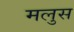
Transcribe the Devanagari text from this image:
मलुस